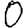
Digit: 0